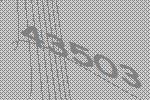
43503